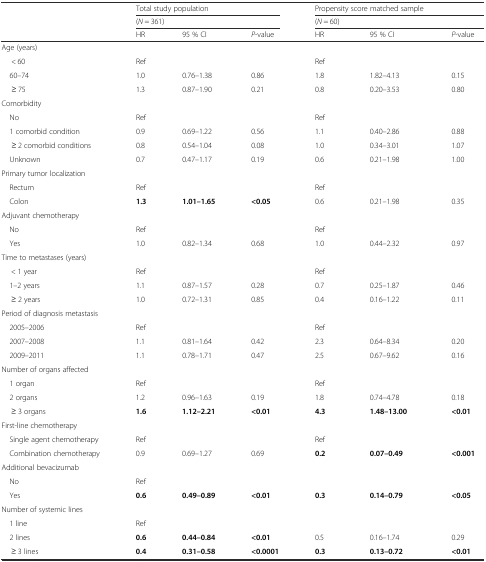
<table><thead><tr><td rowspan="2"></td><td colspan="3"><b>Total study population</b></td><td colspan="3"><b>Propensity score matched sample</b></td></tr><tr><td colspan="3"><b>(<i>N</i> = 361)</b></td><td colspan="3"><b>(<i>N</i> = 60)</b></td></tr><tr><td></td><td><b>HR</b></td><td><b>95 % CI</b></td><td><b><i>P</i>-value</b></td><td><b>HR</b></td><td><b>95 % CI</b></td><td><b><i>P</i>-value</b></td></tr></thead><tbody><tr><td>Age (years)</td><td></td><td></td><td></td><td></td><td></td><td></td></tr><tr><td>&lt; 60</td><td>Ref</td><td></td><td></td><td>Ref</td><td></td><td></td></tr><tr><td> 60–74</td><td>1.0</td><td>0.76–1.38</td><td>0.86</td><td>1.8</td><td>1.82–4.13</td><td>0.15</td></tr><tr><td>≥ 75</td><td>1.3</td><td>0.87–1.90</td><td>0.21</td><td>0.8</td><td>0.20–3.53</td><td>0.80</td></tr><tr><td>Comorbidity</td><td></td><td></td><td></td><td></td><td></td><td></td></tr><tr><td> No</td><td>Ref</td><td></td><td></td><td>Ref</td><td></td><td></td></tr><tr><td> 1 comorbid condition</td><td>0.9</td><td>0.69–1.22</td><td>0.56</td><td>1.1</td><td>0.40–2.86</td><td>0.88</td></tr><tr><td>≥ 2 comorbid conditions</td><td>0.8</td><td>0.54–1.04</td><td>0.08</td><td>1.0</td><td>0.34–3.01</td><td>1.07</td></tr><tr><td> Unknown</td><td>0.7</td><td>0.47–1.17</td><td>0.19</td><td>0.6</td><td>0.21–1.98</td><td>1.00</td></tr><tr><td>Primary tumor localization</td><td></td><td></td><td></td><td></td><td></td><td></td></tr><tr><td> Rectum</td><td>Ref</td><td></td><td></td><td>Ref</td><td></td><td></td></tr><tr><td> Colon</td><td><b>1.3</b></td><td><b>1.01–1.65</b></td><td><b>&lt;0.05</b></td><td>0.6</td><td>0.21–1.98</td><td>0.35</td></tr><tr><td>Adjuvant chemotherapy</td><td></td><td></td><td></td><td></td><td></td><td></td></tr><tr><td> No</td><td>Ref</td><td></td><td></td><td>Ref</td><td></td><td></td></tr><tr><td> Yes</td><td>1.0</td><td>0.82–1.34</td><td>0.68</td><td>1.0</td><td>0.44–2.32</td><td>0.97</td></tr><tr><td>Time to metastases (years)</td><td></td><td></td><td></td><td></td><td></td><td></td></tr><tr><td>&lt; 1 year</td><td>Ref</td><td></td><td></td><td>Ref</td><td></td><td></td></tr><tr><td> 1–2 years</td><td>1.1</td><td>0.87–1.57</td><td>0.28</td><td>0.7</td><td>0.25–1.87</td><td>0.46</td></tr><tr><td>≥ 2 years</td><td>1.0</td><td>0.72–1.31</td><td>0.85</td><td>0.4</td><td>0.16–1.22</td><td>0.11</td></tr><tr><td>Period of diagnosis metastasis</td><td></td><td></td><td></td><td></td><td></td><td></td></tr><tr><td> 2005–2006</td><td>Ref</td><td></td><td></td><td>Ref</td><td></td><td></td></tr><tr><td> 2007–2008</td><td>1.1</td><td>0.81–1.64</td><td>0.42</td><td>2.3</td><td>0.64–8.34</td><td>0.20</td></tr><tr><td> 2009–2011</td><td>1.1</td><td>0.78–1.71</td><td>0.47</td><td>2.5</td><td>0.67–9.62</td><td>0.16</td></tr><tr><td>Number of organs affected</td><td></td><td></td><td></td><td></td><td></td><td></td></tr><tr><td> 1 organ</td><td>Ref</td><td></td><td></td><td>Ref</td><td></td><td></td></tr><tr><td> 2 organs</td><td>1.2</td><td>0.96–1.63</td><td>0.19</td><td>1.8</td><td>0.74–4.78</td><td>0.18</td></tr><tr><td>≥ 3 organs</td><td><b>1.6</b></td><td><b>1.12–2.21</b></td><td><b>&lt;0.01</b></td><td><b>4.3</b></td><td><b>1.48–13.00</b></td><td><b>&lt;0.01</b></td></tr><tr><td>First-line chemotherapy</td><td></td><td></td><td></td><td></td><td></td><td></td></tr><tr><td> Single agent chemotherapy</td><td>Ref</td><td></td><td></td><td>Ref</td><td></td><td></td></tr><tr><td> Combination chemotherapy</td><td>0.9</td><td>0.69–1.27</td><td>0.69</td><td><b>0.2</b></td><td><b>0.07–0.49</b></td><td><b>&lt;0.001</b></td></tr><tr><td>Additional bevacizumab</td><td></td><td></td><td></td><td></td><td></td><td></td></tr><tr><td> No</td><td>Ref</td><td></td><td></td><td></td><td></td><td></td></tr><tr><td> Yes</td><td><b>0.6</b></td><td><b>0.49–0.89</b></td><td><b>&lt;0.01</b></td><td><b>0.3</b></td><td><b>0.14–0.79</b></td><td><b>&lt;0.05</b></td></tr><tr><td>Number of systemic lines</td><td></td><td></td><td></td><td></td><td></td><td></td></tr><tr><td> 1 line</td><td>Ref</td><td></td><td></td><td></td><td></td><td></td></tr><tr><td> 2 lines</td><td><b>0.6</b></td><td><b>0.44–0.84</b></td><td><b>&lt;0.01</b></td><td>0.5</td><td>0.16–1.74</td><td>0.29</td></tr><tr><td>≥ 3 lines</td><td><b>0.4</b></td><td><b>0.31–0.58</b></td><td><b>&lt;0.0001</b></td><td><b>0.3</b></td><td><b>0.13–0.72</b></td><td><b>&lt;0.01</b></td></tr></tbody></table>